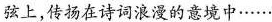
弦上，传扬在诗词浪漫的意境中······